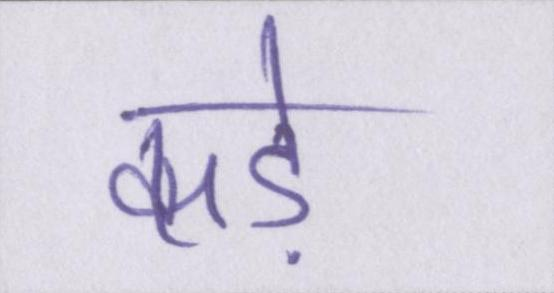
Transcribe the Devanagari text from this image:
कड़े